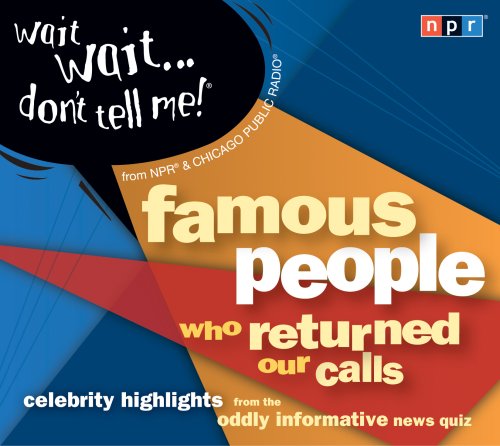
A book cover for Wait Wait...Don't Tell Me! Famous People Who Returned Our Calls: Celebrity Highlights from the Oddly Informative News Quiz; NPR; Humor & Entertainment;